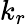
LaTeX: k_{r}